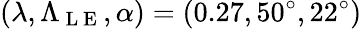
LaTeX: (\lambda,\Lambda_{\mathrm{~L~E~}},\alpha)=(0.27,50^{\circ},22^{\circ})